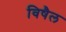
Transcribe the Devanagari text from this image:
विषैल